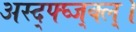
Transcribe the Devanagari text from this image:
अस्द्फ्घ्ज्क्ल्।